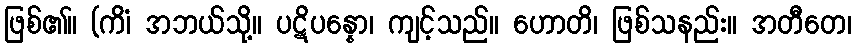
ဖြစ်၏။ (ကိံ၊ အဘယ်သို့။ ပဋိပန္နော၊ ကျင့်သည်။ ဟောတိ၊ ဖြစ်သနည်း။ အတီတေ၊